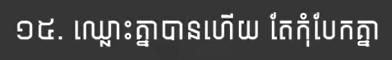
១៥. ឈ្លោះគ្នាបានហើយ តែកុំបែកគ្នា